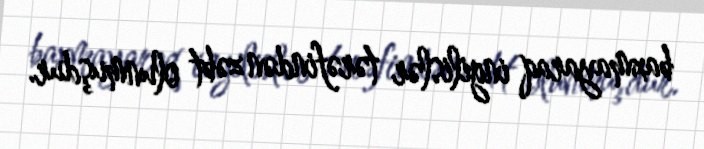
baxmayaraq ingilislər tərəfindən zəbt olunmuşdur.